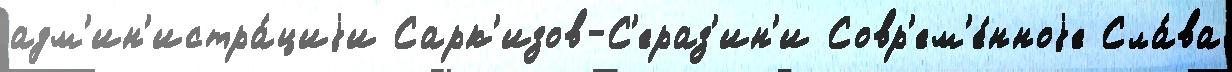
адм'ин'истра́циjи Сарк'изов-С'ераз'ин'и Совр'ем'е́нноjе Сла́ва